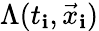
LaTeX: \Lambda(t_{\mathbf{i}},\vec{{x}}_{\mathbf{i}})